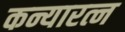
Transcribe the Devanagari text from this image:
कन्यारत्न